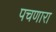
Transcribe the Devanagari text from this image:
पचणारा